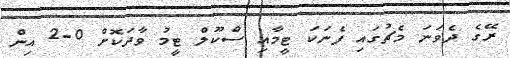
ރޭގެ ދެވަނަ މެޗުގައި ފެނަކަ ޓީމާއި ސްކޫލް ޓީމު ވާދަކޮށް 0-2 އިން